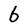
Character: 6